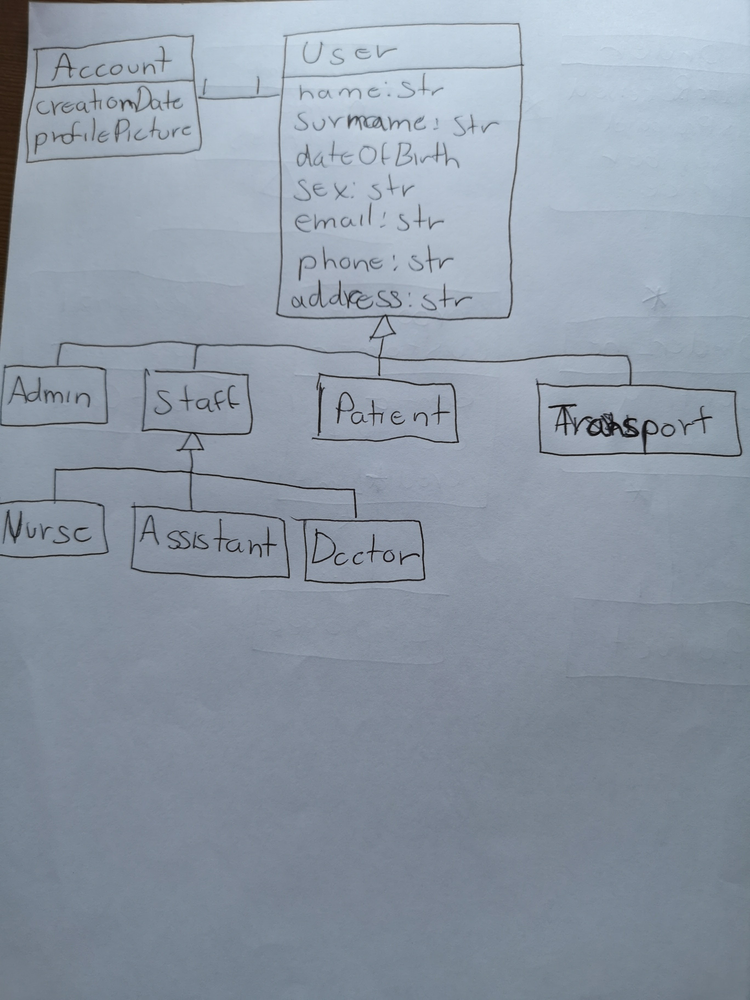
Diagram type: class_diagram
```plantuml
@startuml

class Account {
  creationDate
  profilePicture
}

class User {
  name: str
  surname: str
  sex: str
  email: str
  phone: str
  address: str
}

class Admin extends User
class Staff extends User
class Patient extends User
class Transport extends User

class Nurse extends Staff
class Assistant extends Staff
class Doctor extends Staff

Account "1" -- "1" User

@enduml
```